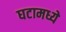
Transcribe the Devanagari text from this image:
घटामध्ये